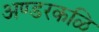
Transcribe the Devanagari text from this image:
अण्डरकळि